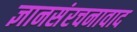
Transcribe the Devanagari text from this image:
ज्ञानसंरचनावाद